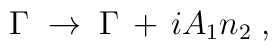
\Gamma \;\to \; \Gamma \,+\, i A_1 n_2 \; ,